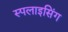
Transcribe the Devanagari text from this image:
स्पलाइसिंग